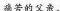
痛苦的父亲。